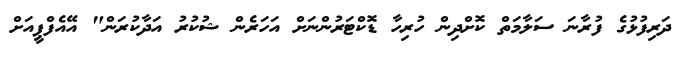
ދަރިފުޅުގެ ފުރާނަ ސަލާމަތް ކޮށްދިން ހުރިހާ ޑޮކްޓަރުންނަށް އަހަރެން ޝުކުރު އަދާކުރަން" އޭއެފްޕީއަށް